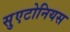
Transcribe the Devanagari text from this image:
सुएटोनियस